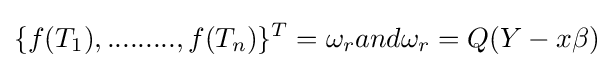
\{f(T_{1}),.........,f(T_{n})\}^{T}=\omega _{r}and\omega _{r}=Q(Y-x\beta )